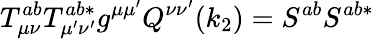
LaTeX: T_{\mu\nu}^{ab}T_{\mu^{\prime}\nu^{\prime}}^{ab*}g^{\mu\mu^{\prime}}Q^{\nu\nu^{\prime}}(k_{2})=S^{ab}S^{ab*}